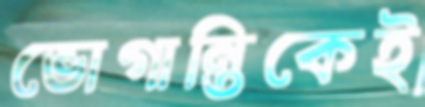
ভোগান্তিকেই